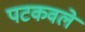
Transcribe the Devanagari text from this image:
पटकवले